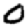
Digit: 0